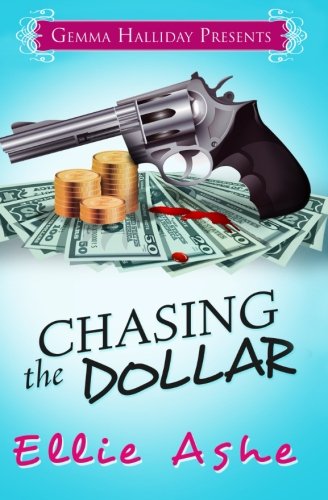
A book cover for Chasing the Dollar (Miranda Vaughn Mysteries) (Volume 1); Ellie Ashe; Mystery, Thriller & Suspense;